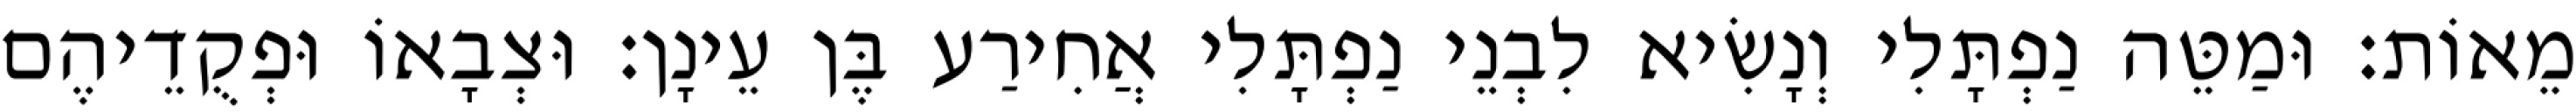
מֵאוֹת׃ וּמַטֵּה נַפְתָּלִי וְנָשִׂיא לִבְנֵי נַפְתָּלִי אֲחִירַע בֶּן עֵינָן׃ וּצְבָאוֹ וּפְקֻדֵיהֶם